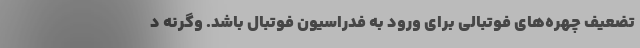
تضعیف چهره‌های فوتبالی برای ورود به فدراسیون فوتبال باشد. وگرنه د